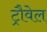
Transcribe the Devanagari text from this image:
ट्रौवेल